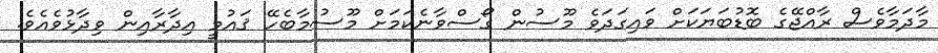
މާދަމާވެސް ރާއްޖޭގެ ބޮޑުބަޔަކަށް ވައިގަދަވެ މޫސުން ގޯސްވާނެކަމަށް މޫސުމާބެހޭ ޤައުމީ އިދާރާއިން ވިދާޅުވެއެވެ.